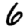
Digit: 6